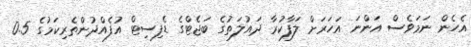
އެހެން ނަމަވެސް އަންނަ އަހަރަށް ލަފާކުރާ ދައުލަތުގެ ބަޖެޓްގެ ޑެފިސިޓް އުފެއްދުންތެރިކަމުގެ 0.5